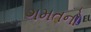
ગમતનો